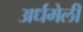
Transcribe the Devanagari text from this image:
अर्धमेली